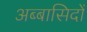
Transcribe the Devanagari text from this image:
अब्बासिदों